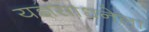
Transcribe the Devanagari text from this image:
यज्ञसाधनेला